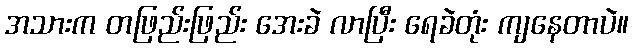
အသားက တဖြည်းဖြည်း အေးခဲ လာပြီး ရေခဲတုံး ကျနေတာပဲ။